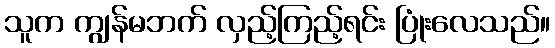
သူက ကျွန်မဘက် လှည့်ကြည့်ရင်း ပြုံးလေသည်။